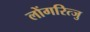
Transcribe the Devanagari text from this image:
लोंगरित्जु